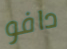
دافو